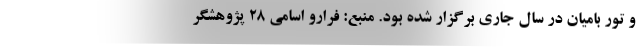
و تور بامیان در سال جاری برگزار شده بود. منبع: فرارو اسامی ۲۸ پژوهشگر